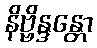
နိဗ္ဗိန္ဒန္တော